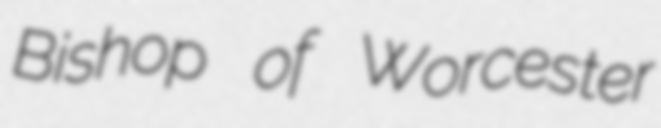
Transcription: Bishop of Worcester